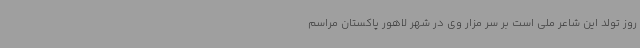
روز تولد این شاعر ملی است بر سر مزار وی در شهر لاهور پاکستان مراسم